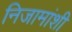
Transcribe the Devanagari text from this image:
निजामांशी